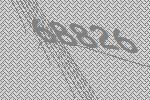
68826